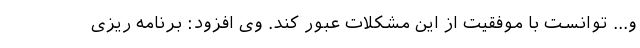
‌و... توانست با موفقیت از این مشکلات عبور کند. وی افزود: برنامه ریزی